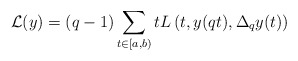
\begin{align*}\mathcal{L}(y)=(q-1) \sum_{t \in [a,b)} t L\left(t,y(qt),\Delta_{q}y(t)\right)\end{align*}